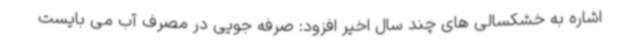
اشاره به خشکسالی های چند سال اخیر افزود: صرفه جویی در مصرف آب می بایست